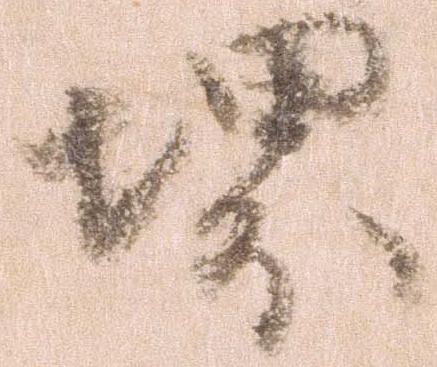
堺